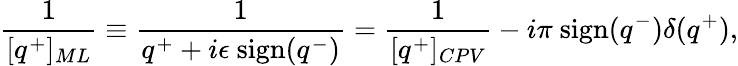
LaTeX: {\frac{1}{[q^{+}]_{ML}}}\equiv{\frac{1}{q^{+}+i\epsilon\ \mathrm{sign}(q^{-})}}={\frac{1}{[q^{+}]_{CPV}}}-i\pi\ \mathrm{sign}(q^{-})\delta(q^{+}),